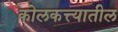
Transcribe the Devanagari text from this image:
कोलकत्त्यातील